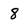
Character: 8